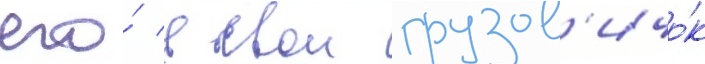
его́ в свои грузов'ичо́к